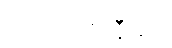
အဿာဇာနီယာ